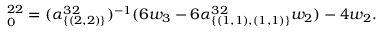
\O _ { 0 } ^ { 2 2 } = ( \alpha _ { \{ ( 2 , 2 ) \} } ^ { 3 2 } ) ^ { - 1 } ( 6 w _ { 3 } - 6 \alpha _ { \{ ( 1 , 1 ) , ( 1 , 1 ) \} } ^ { 3 2 } w _ { 2 } ) - 4 w _ { 2 } .